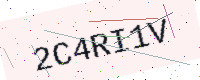
Text: 2C4RI1V